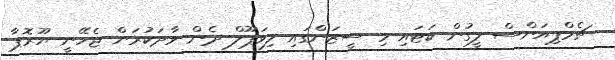
ޗެމްޕިއަންސް ލީގުން ކަޓައި މި ސީޒަންގައި ލިވަޕޫލް ދެން ވާދަކުރަން ޖެހޭނީ ޔޫރޮޕާ